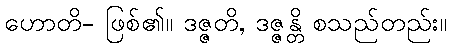
ဟောတိ- ဖြစ်၏။ ဒဇ္ဇတိ, ဒဇ္ဇန္တိ စသည်တည်း။